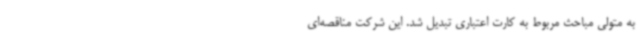
به متولی مباحث مربوط به کارت اعتباری تبدیل شد. این شرکت مناقصه‌ای